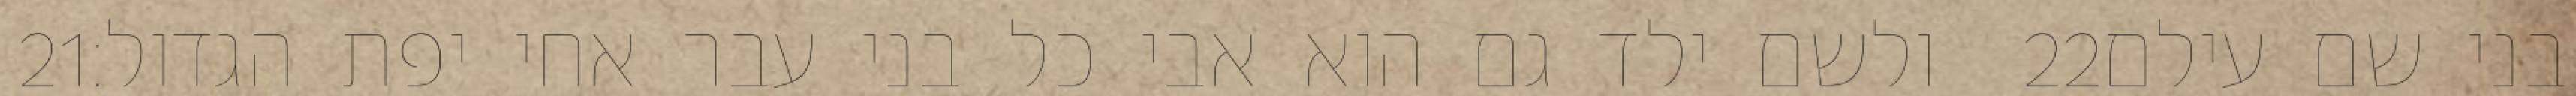
‎21‏ ולשם ילד גם הוא אבי כל בני עבר אחי יפת הגדול׃ ‎22‏ בני שם עילם